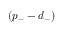
( p _ { - } - d _ { - } )